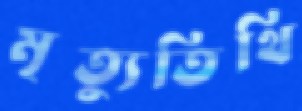
মৃত্যুতিথি